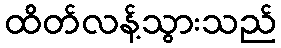
ထိတ်လန့်သွားသည်